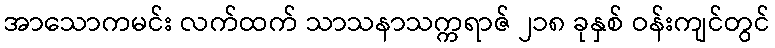
အာသောကမင်း လက်ထက် သာသနာသက္ကရာဇ် ၂၁၈ ခုနှစ် ဝန်းကျင်တွင်